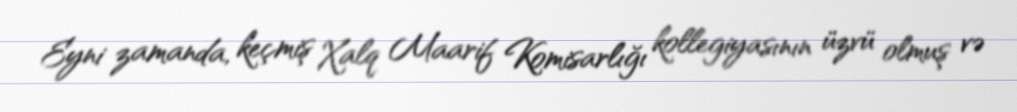
Eyni zamanda, keçmiş Xalq Maarif Komisarlığı kollegiyasının üzvü olmuş və